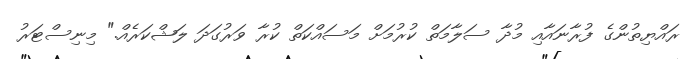
ރައްޔިތުންގެ ފުރާނައާއި މުދާ ސަލާމަތް ކުރުމަށް މަސައްކަތް ކުރާ ވަރުގަދަ ލަޝްކަރެއް." މިނިސްޓަރު